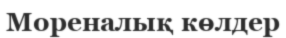
Мореналық көлдер